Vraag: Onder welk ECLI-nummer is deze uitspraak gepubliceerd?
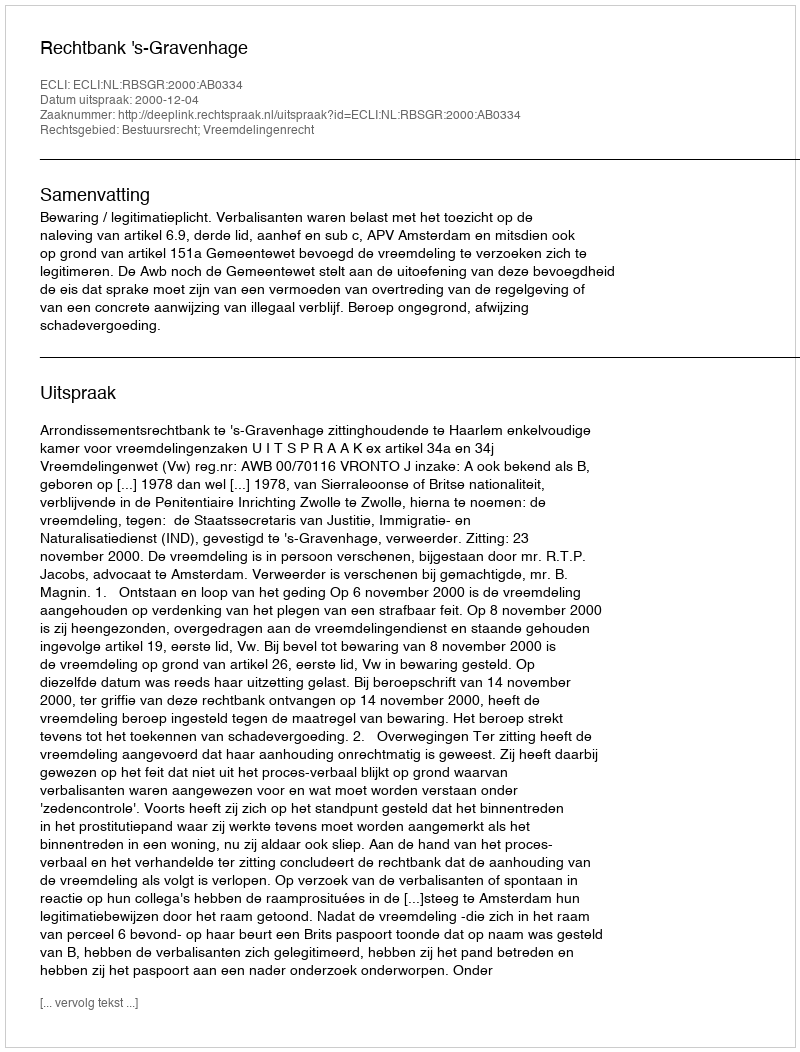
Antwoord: ECLI:NL:RBSGR:2000:AB0334